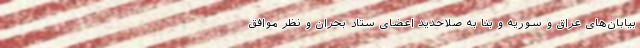
بیابان‌های عراق و سوریه و بنا به صلاحدید اعضای ستاد بحران و نظر موافق